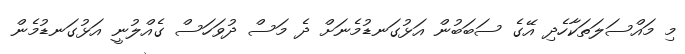
މި މައްސަލަތަކާހެދި އޭގެ ސަބަބުން އަޅުގަނޑުމެނަށް ދެ މަސް ދުވަހަސް ގެއްލުނީ އަޅުގަނޑުމެން